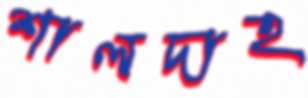
শালদাহ